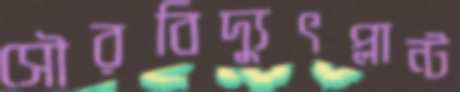
সৌরবিদ্যুৎপ্লান্ট